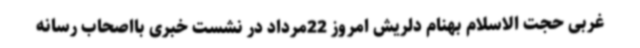
غربی حجت الاسلام بهنام دلریش امروز 22مرداد در نشست خبری بااصحاب رسانه